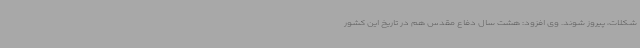
شکلات، پیروز شوند. وی افزود: هشت سال دفاع مقدس هم در تاریخ این کشور